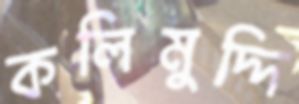
কলিমুদ্দি